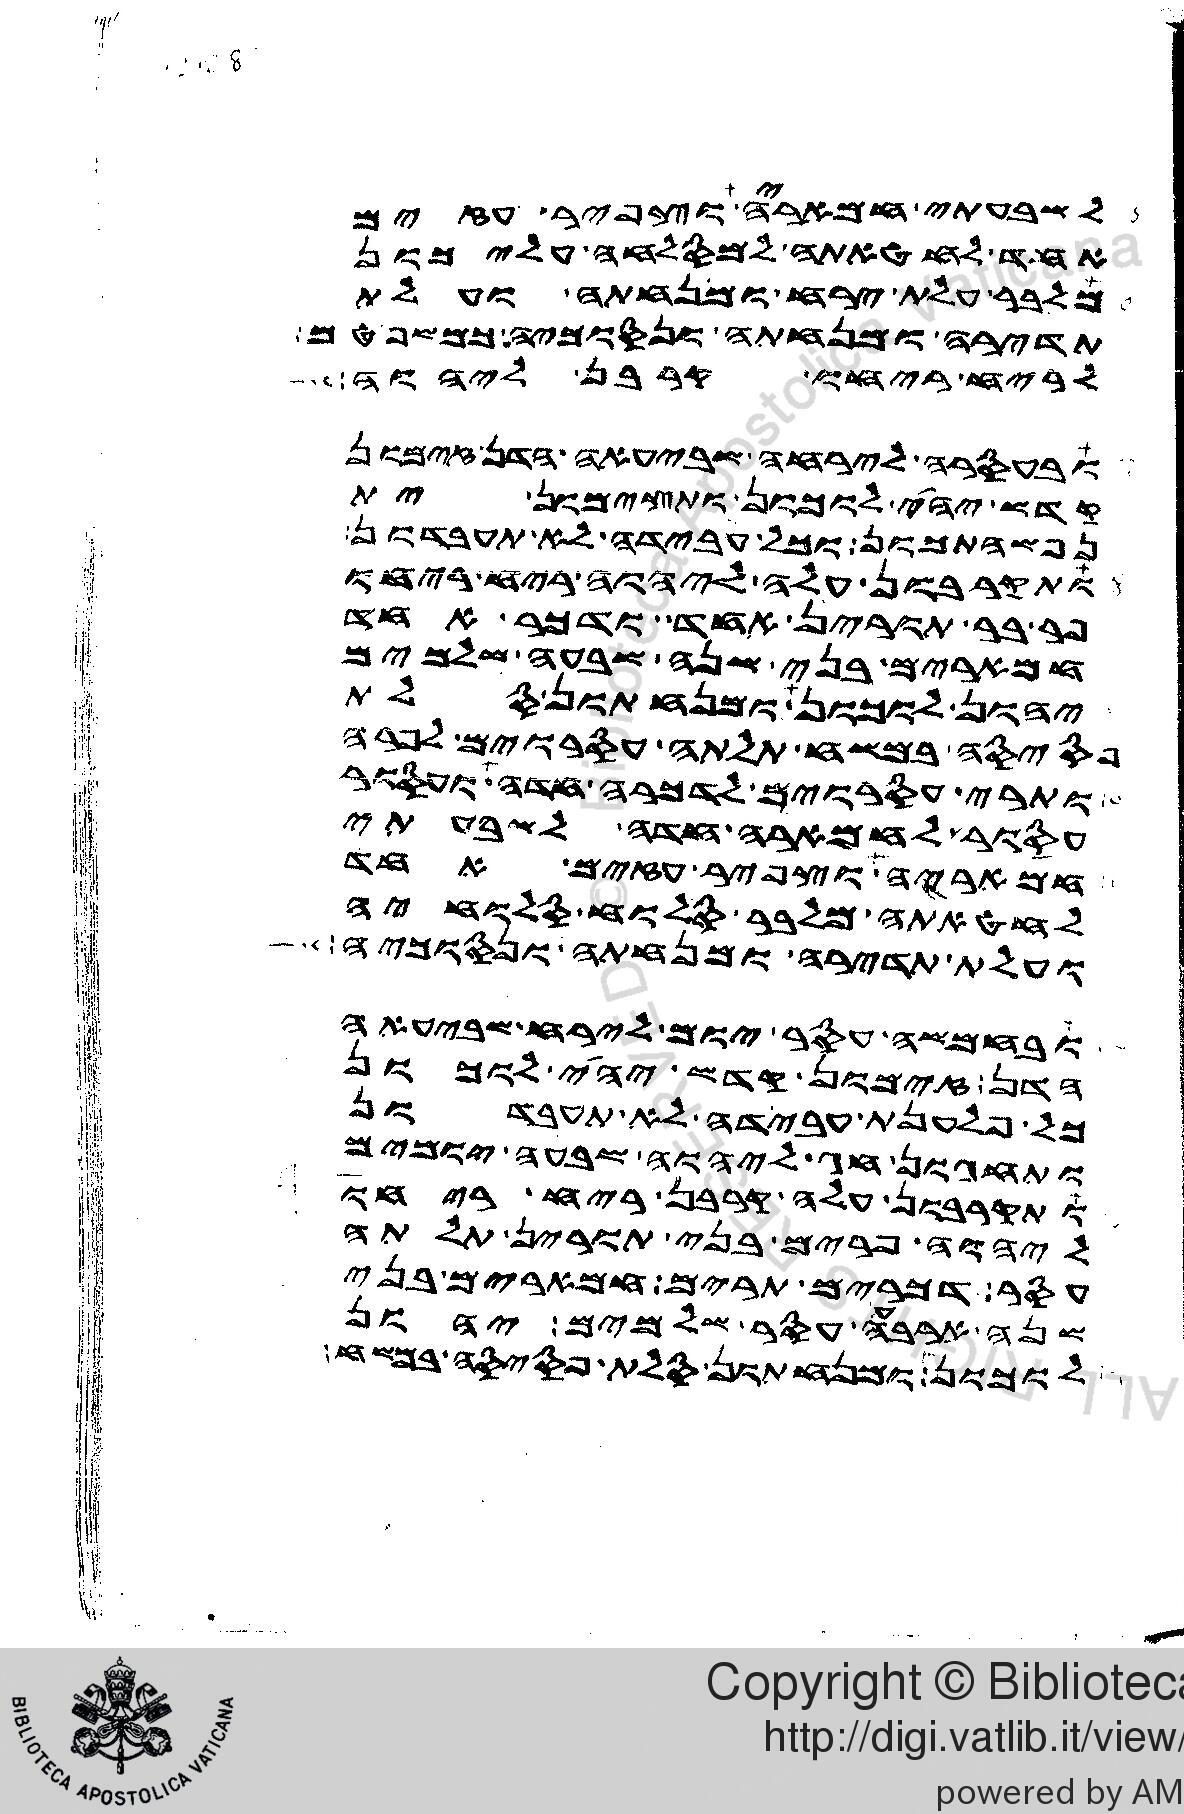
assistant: לשבעתי חמאריה וצפיר עזים
אחד לחטאתה למסלחה עליכון
מלבר עלת ירח ומנחתה ועלת
תדירה ומנחתה ונסוכיה כמשפטםפשרונון
לריח ריחו קרבן ליהוה
ובעסרה לירחה שביעאה הדן זימון
קדש יהי לוכון ותצימון ית
נפשהתכון וכל עבידה לא תעבדון
ותקרבון עלה ליהוה ריח ריחו
פר בר תורין אחד ודכר אחד
חמארים בני שנה שבעה שלמים
יהון לוכון ומנחתון סלת
פסיסה במשח תלתה עסורים לפרה
ותרי עסורים לדכרה חדה ועסור
עסור לחמארה חדה לשבעתי
חמאריה וצפיר עזים אחד
לחטאתה מלבר סלוח סלוחיה
ועלת תדירה ומנחתה ונסוכיה
ובחמשה עסר יום לירח שביעאה
הדן זימון קדש יהי לוכון
כל פלענת עבידה לא תעבדון
ותחגון חג ליהוה שבעה יומים
ותקרבון עלה קרבן ריח ריחו
ליהוה פרים בני תורין תלתה
עסר דכרים תרים חמארים בני
שנה ארבעה עסר שלמים יהון
לוכון ומנחתון סלת פסיסה במשח